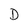
Character: D